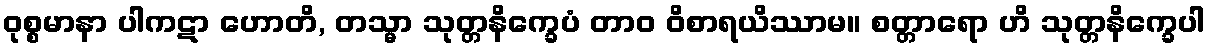
ဝုစ္စမာနာ ပါကဋာ ဟောတိ, တသ္မာ သုတ္တနိက္ခေပံ တာဝ ဝိစာရယိဿာမ။ စတ္တာရော ဟိ သုတ္တနိက္ခေပါ